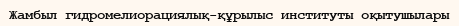
Жамбыл гидромелиорациялық-құрылыс институты оқытушылары